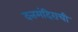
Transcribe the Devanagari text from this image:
दत्तमंदिराची